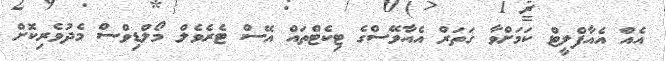
އެއް އެއާފްލީޓް ކަމަށްވާ ގަތަރް އެއާވޭސްގެ ޓިކެޓްތައް އޭސް ޓެރެވެލް މޯލްޑިވްސް މެދުވެރިކޮށް